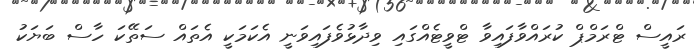
ރައީސް ޓްރަމްޕް ކުރައްވާފައިވާ ޓްވީޓެއްގައި ވިދާޅުވެފައިވަނީ އެކަމަކީ އެތައް ސަތޭކަ ހާސް ބަޔަކު